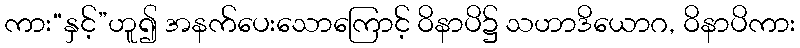
ကား“နှင့်”ဟူ၍ အနက်ပေးသောကြောင့် ဝိနာပိ၌ သဟာဒိယောဂ, ဝိနာပိကား